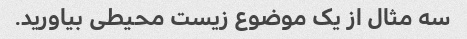
سه مثال از یک موضوع زیست محیطی بیاورید.